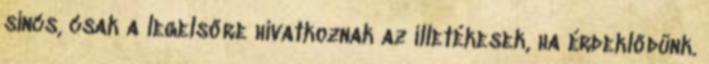
sincs, csak a legelsőre hivatkoznak az illetékesek, ha érdeklődünk.